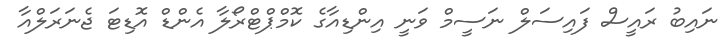
ނައިބު ރައީސް ފައިސަލް ނަސީމް ވަނީ އިންޑިއާގެ ކޮމްޕްޓްރޯލާ އެންޑް އޮޑިޓަ ޖެނަރަލްއާ